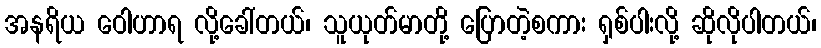
အနရိယ ဝေါဟာရ လို့ခေါ်တယ်၊ သူယုတ်မာတို့ ပြောတဲ့စကား ရှစ်ပါးလို့ ဆိုလိုပါတယ်၊